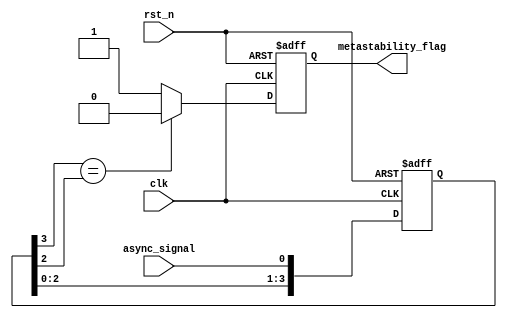
module metastability_detector (
    input wire clk,              // Sampling clock
    input wire rst_n,            // Active low reset
    input wire async_signal,      // Input signal to monitor
    output reg metastability_flag  // Metastability error flag
);

// Parameters
parameter NUM_STAGES = 4;      // Number of D flip-flops in the sampling chain
parameter STABLE_CYCLES = 3;    // Number of stable cycles to confirm stability

// Internal signals
reg [NUM_STAGES-1:0] sampled_data;  // Shift register for sampled data
reg [3:0] stable_count;              // Counter for stable state detection

// D flip-flops for sampling
always @(posedge clk or negedge rst_n) begin
    if (!rst_n) begin
        sampled_data <= 0;
        metastability_flag <= 0;
        stable_count <= 0;
    end else begin
        // Shift the samples through the flip-flops
        sampled_data <= {sampled_data[NUM_STAGES-2:0], async_signal}; 

        // Check if the output of the last flip-flop has stabilized
        if (sampled_data[NUM_STAGES-1] == sampled_data[NUM_STAGES-2]) begin
            if (stable_count < STABLE_CYCLES) begin
                stable_count <= stable_count + 1;
            end
            // If stable for required cycles, clear the metastability flag
            metastability_flag <= 0;
        end else begin
            // If a change is detected, reset the stable count and set the flag
            stable_count <= 0;
            metastability_flag <= 1;
        end
    end
end

endmodule